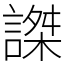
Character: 謋